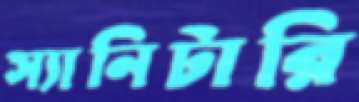
স্যানিটারি